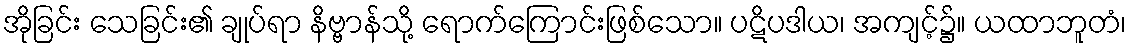
အိုခြင်း သေခြင်း၏ ချုပ်ရာ နိဗ္ဗာန်သို့ ရောက်ကြောင်းဖြစ်သော။ ပဋိပဒါယ၊ အကျင့်၌။ ယထာဘူတံ၊